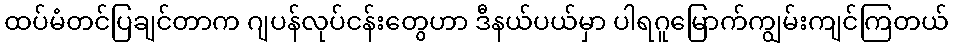
ထပ်မံတင်ပြချင်တာက ဂျပန်လုပ်ငန်းတွေဟာ ဒီနယ်ပယ်မှာ ပါရဂူမြောက်ကျွမ်းကျင်ကြတယ်